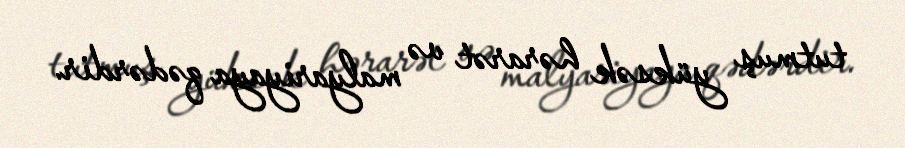
tutmuş yüksək hərarət və malyariyaya qədərdir.